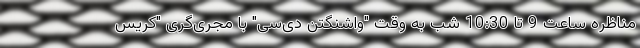
مناظره ساعت 9 تا 10:30 شب به وقت "واشنگتن دی‌سی" با مجری‌گری "کریس